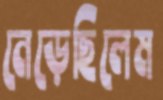
নেড়েছিলেম